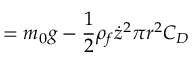
= m _ { 0 } g - \frac { 1 } { 2 } \rho _ { f } \dot { z } ^ { 2 } \pi r ^ { 2 } C _ { D }